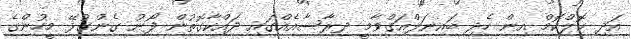
އަދި ކޮލްކޮމް އިން ހެދި ބައިނަލްއަގްވާމީ ދިރާސާއެއްގަައި ދައްކާގޮތުން ފޯނު ގެންގުޅޭ މީހުންގެ